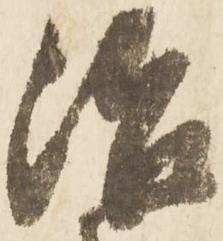
治